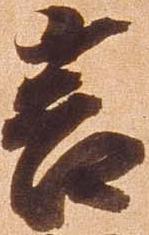
言